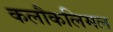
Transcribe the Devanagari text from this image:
कलौकलिमल